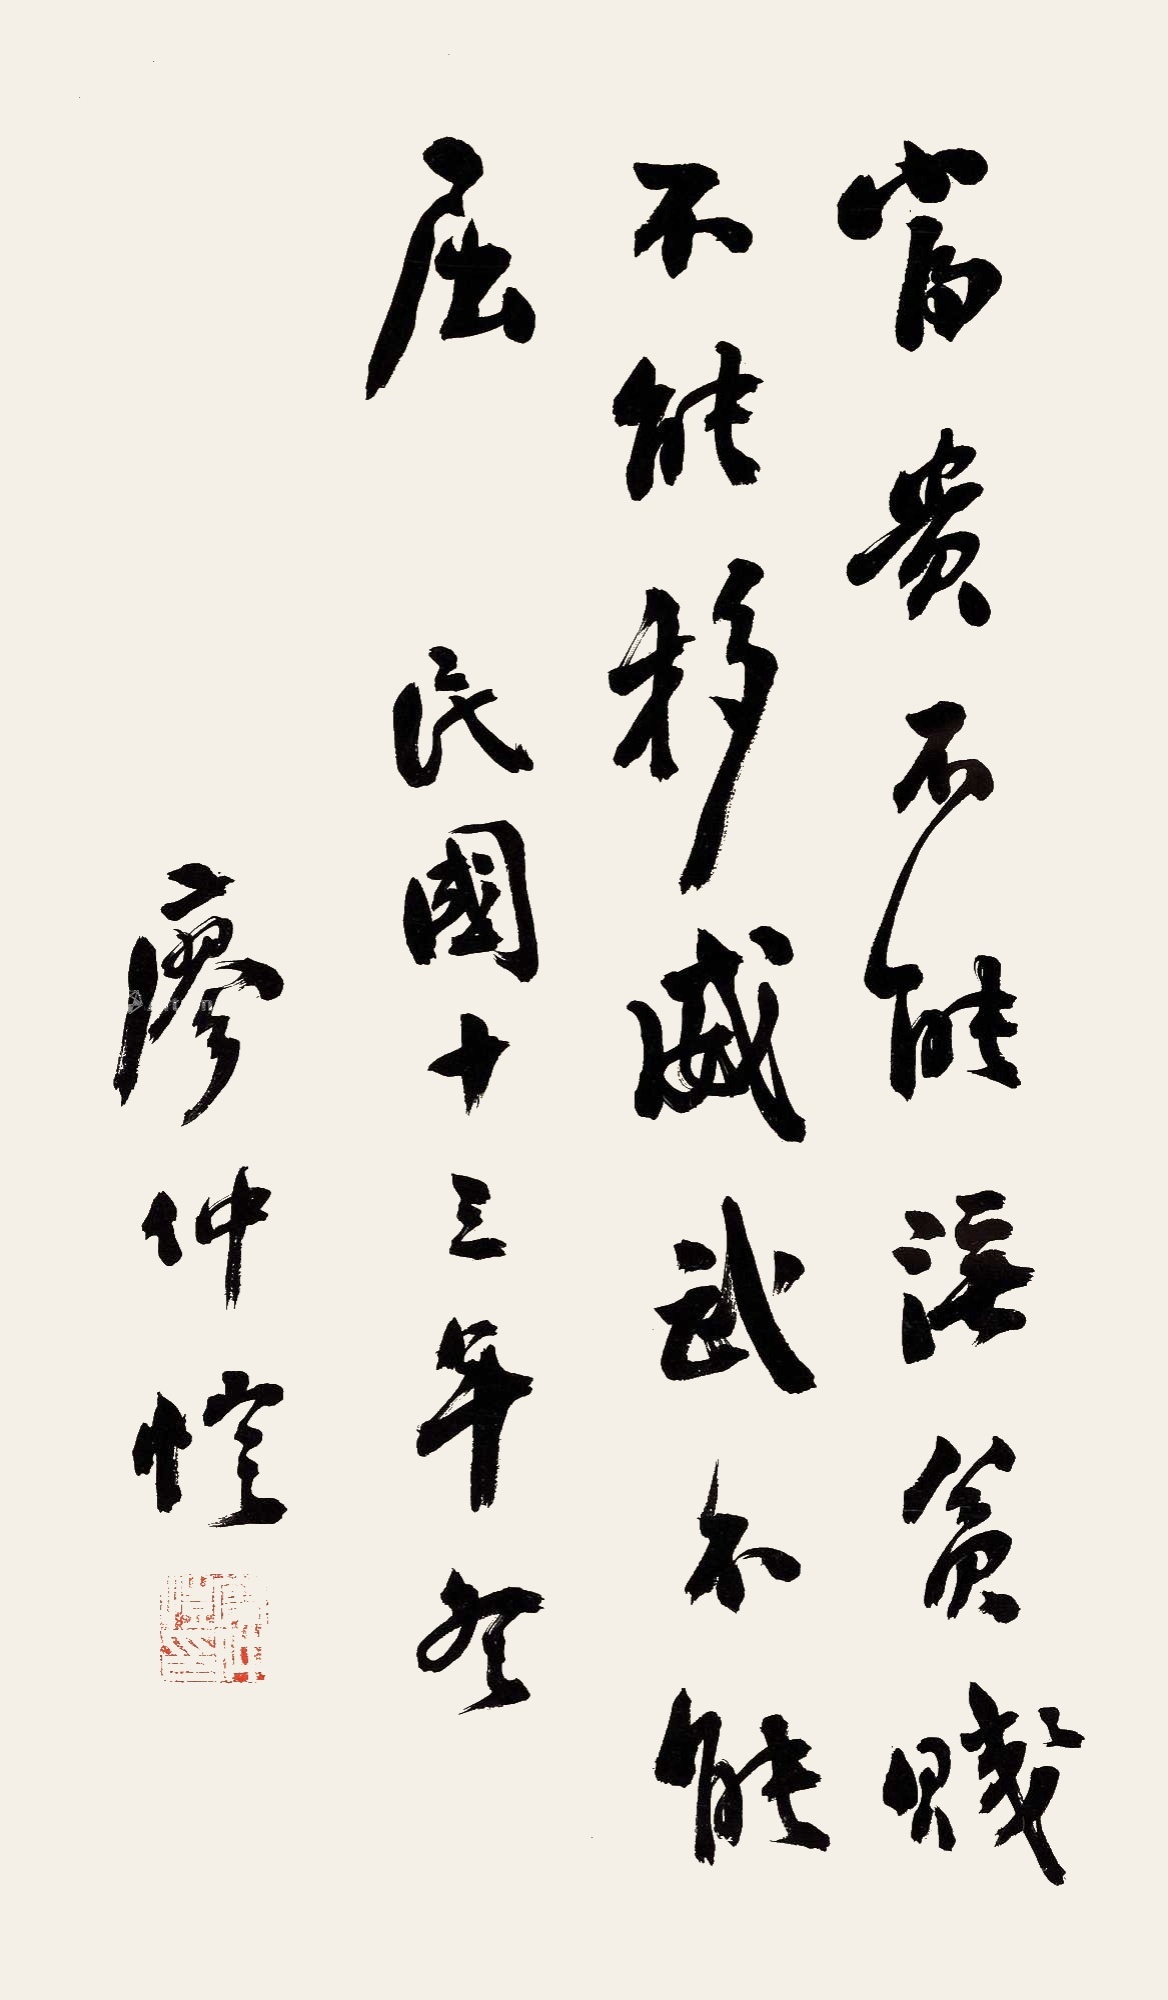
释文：富贵不能淫，贫贱不能移，威武不能屈。民国十三年冬，廖仲恺。